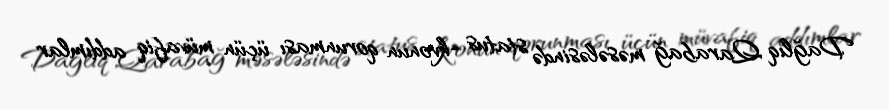
Dağlıq Qarabağ məsələsində status -kvonun qorunması üçün müvafiq addımlar